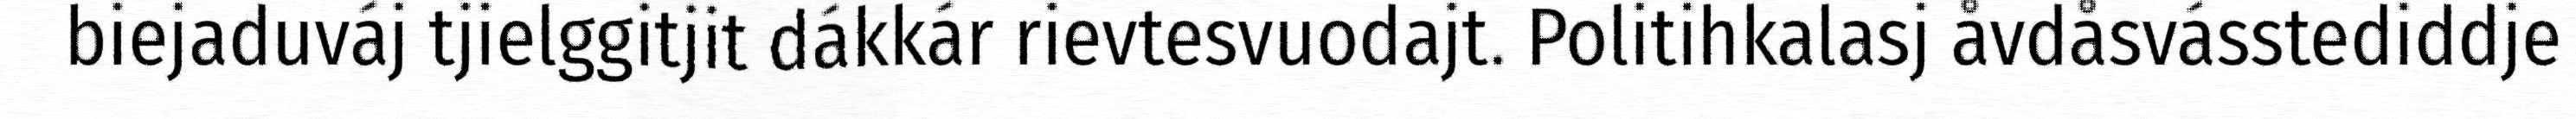
biejaduváj tjielggitjit dákkár rievtesvuodajt. Politihkalasj åvdåsvásstediddje